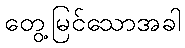
တွေ့မြင်သောအခါ